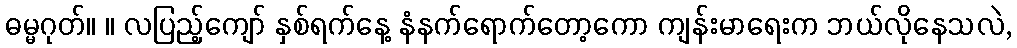
ဓမ္မဂုတ်။ ။ လပြည့်ကျော် နှစ်ရက်နေ့ နံနက်ရောက်တော့ကော ကျန်းမာရေးက ဘယ်လိုနေသလဲ,